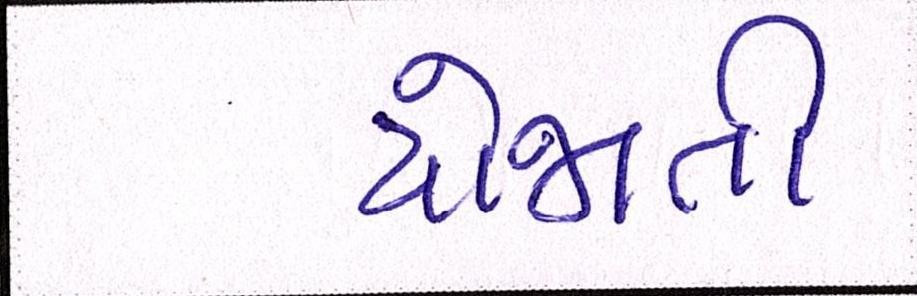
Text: યોજાતી